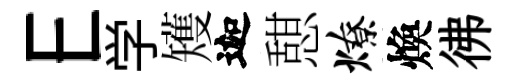
E学矱迦憇燎煥彿